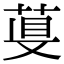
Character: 𦴁